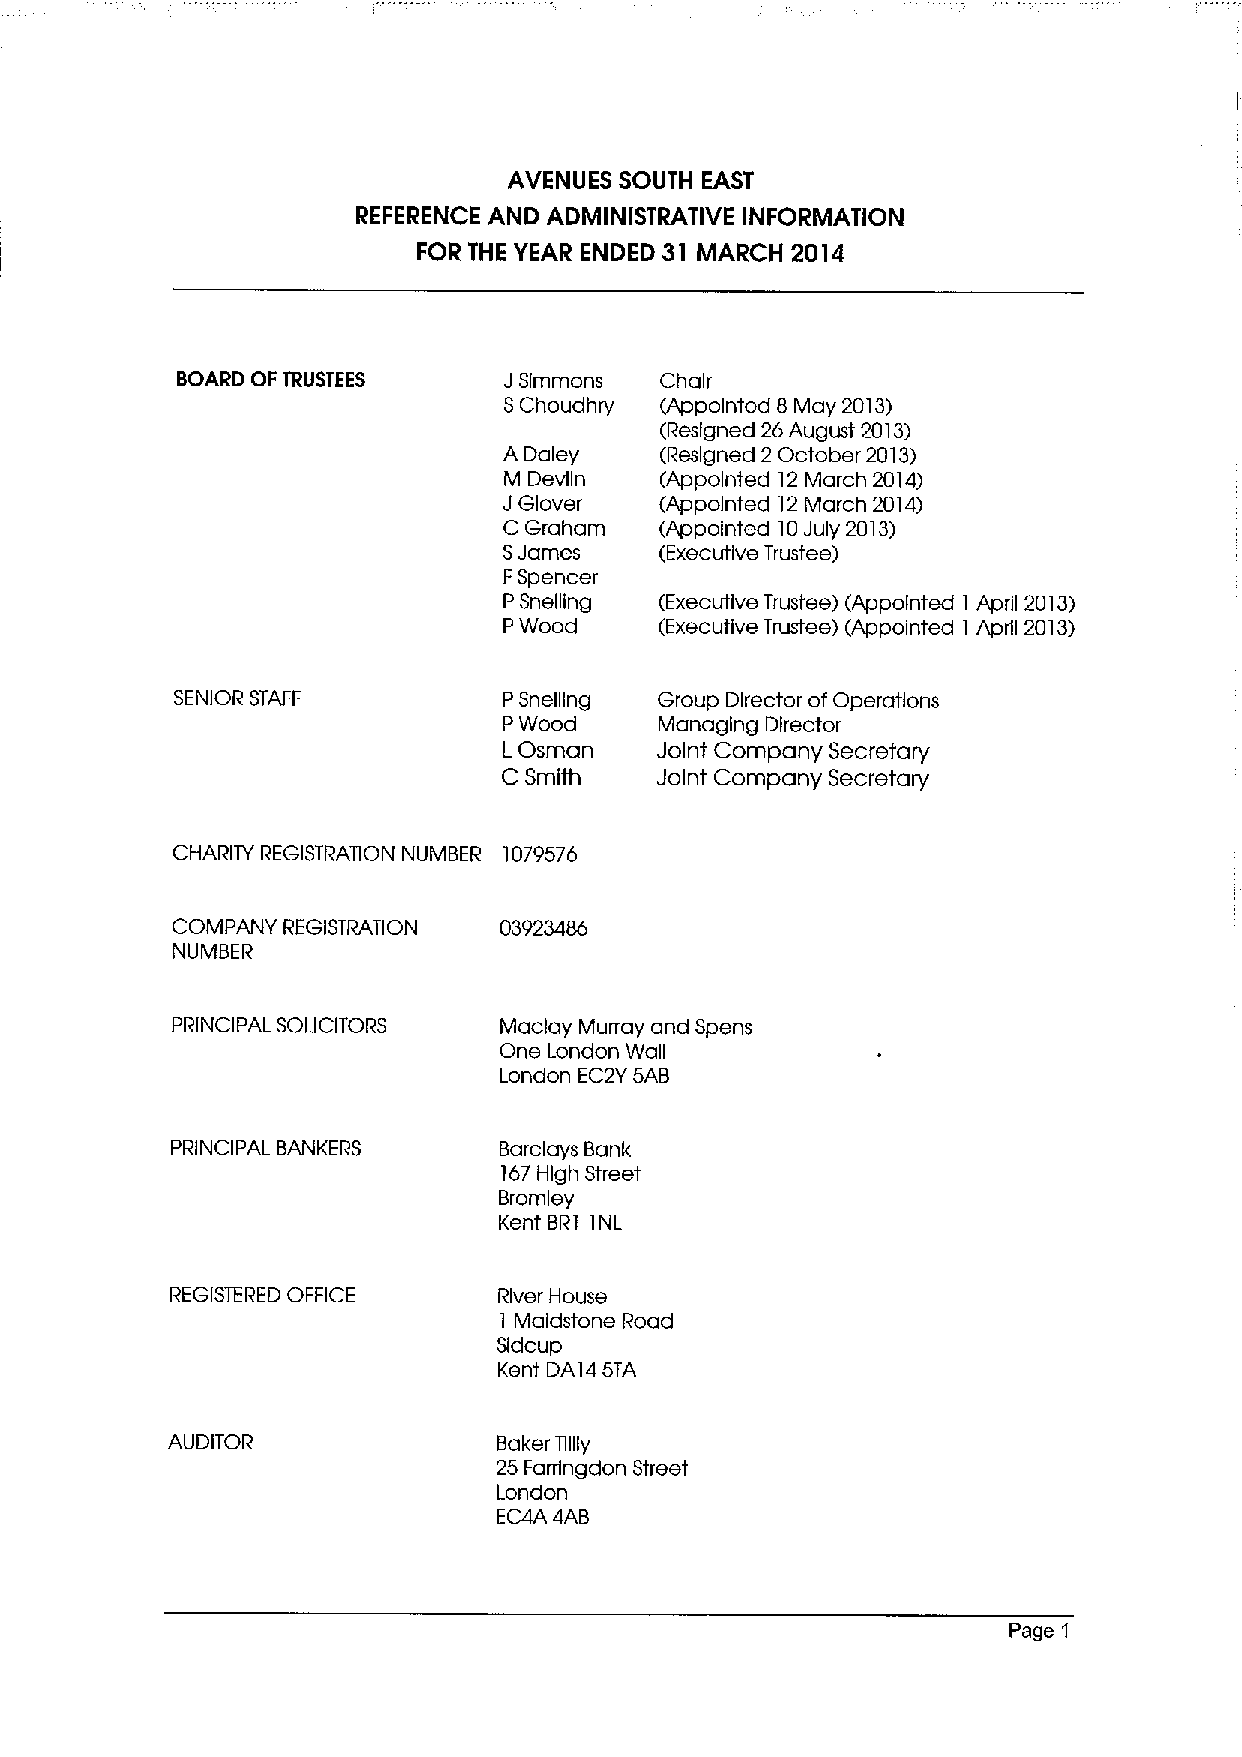
AVENUES SOUTH EAST
 REFERENCE AND ADMINISTRATIVE INFORMATION
 FOR THE YEAR ENDED 31 MARCH 2014
 BOARD OF TRUSTEES    JSimmons   Chair
 SChoudhry  (Appointed 8 May 2013)
 (Resigned 26August 2013)
 ADaley     (Resigned 2 October 2013)
 M Devlin   (Appointed 12 March 2014)
 JGlover    (Appointed 12March 2014)
 C Graham   (Appointed 10July 2013)
 SJames     (Executive Trustee)
 FSpencer
 PSnelling  (Executive Trustee) (Appointed I April 2013)
 PWood      (Executive Trustee) (Appointed I April 2013)
 SENIOR STAFF         PSnelllng  Group Director ofOperations
 PWood      Managing Director
 LOsman    Joint Company Secretary
 C Smith   Joint Company Secretary
 CHARITY REGISTRATION NUMBER 1079576
 COMPANY REGISTRATION  03923486
 NUMBER
 PRINCIPAL SOLICITORS  Maclay Murray and Spens
 One London Wall
 London EC2Y5AB
 PRINCIPAL BANKERS     Barclays Bank
 167High Street
 Bromley
 Kent BRI INL
 REGISTERED OFFICE     River House
 Maldstone Road
 1
 Sldcup
 Kent DA14 5TA
 AUDITOR               Baker Tlllly
 25 Farrlngdon Street
 London
 EC4A 4AB
 Page 1